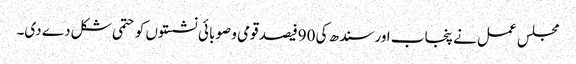
مجلس عمل نے پنجاب اور سندھ کی 90فیصد قومی و صوبائی نشستوں کو حتمی شکل دے دی۔